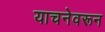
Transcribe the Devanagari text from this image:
याचनेवरून